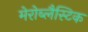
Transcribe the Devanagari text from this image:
मेरोब्लैस्टिक